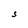
Character: S